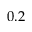
0 . 2